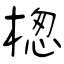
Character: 楤